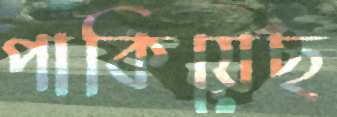
পাকিয়েছ